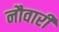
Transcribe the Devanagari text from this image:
नौवारी